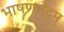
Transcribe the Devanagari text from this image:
भाषणभेदम्